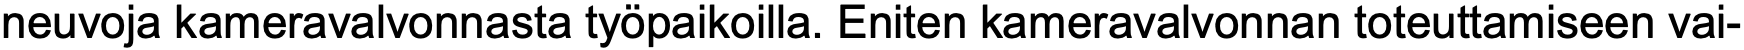
neuvoja kameravalvonnasta työpaikoilla. Eniten kameravalvonnan toteuttamiseen vai-